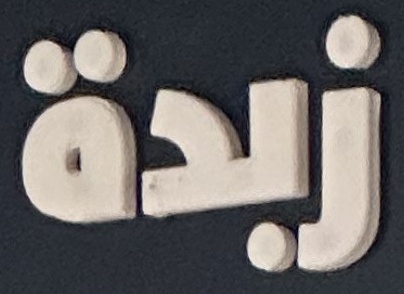
زبدة